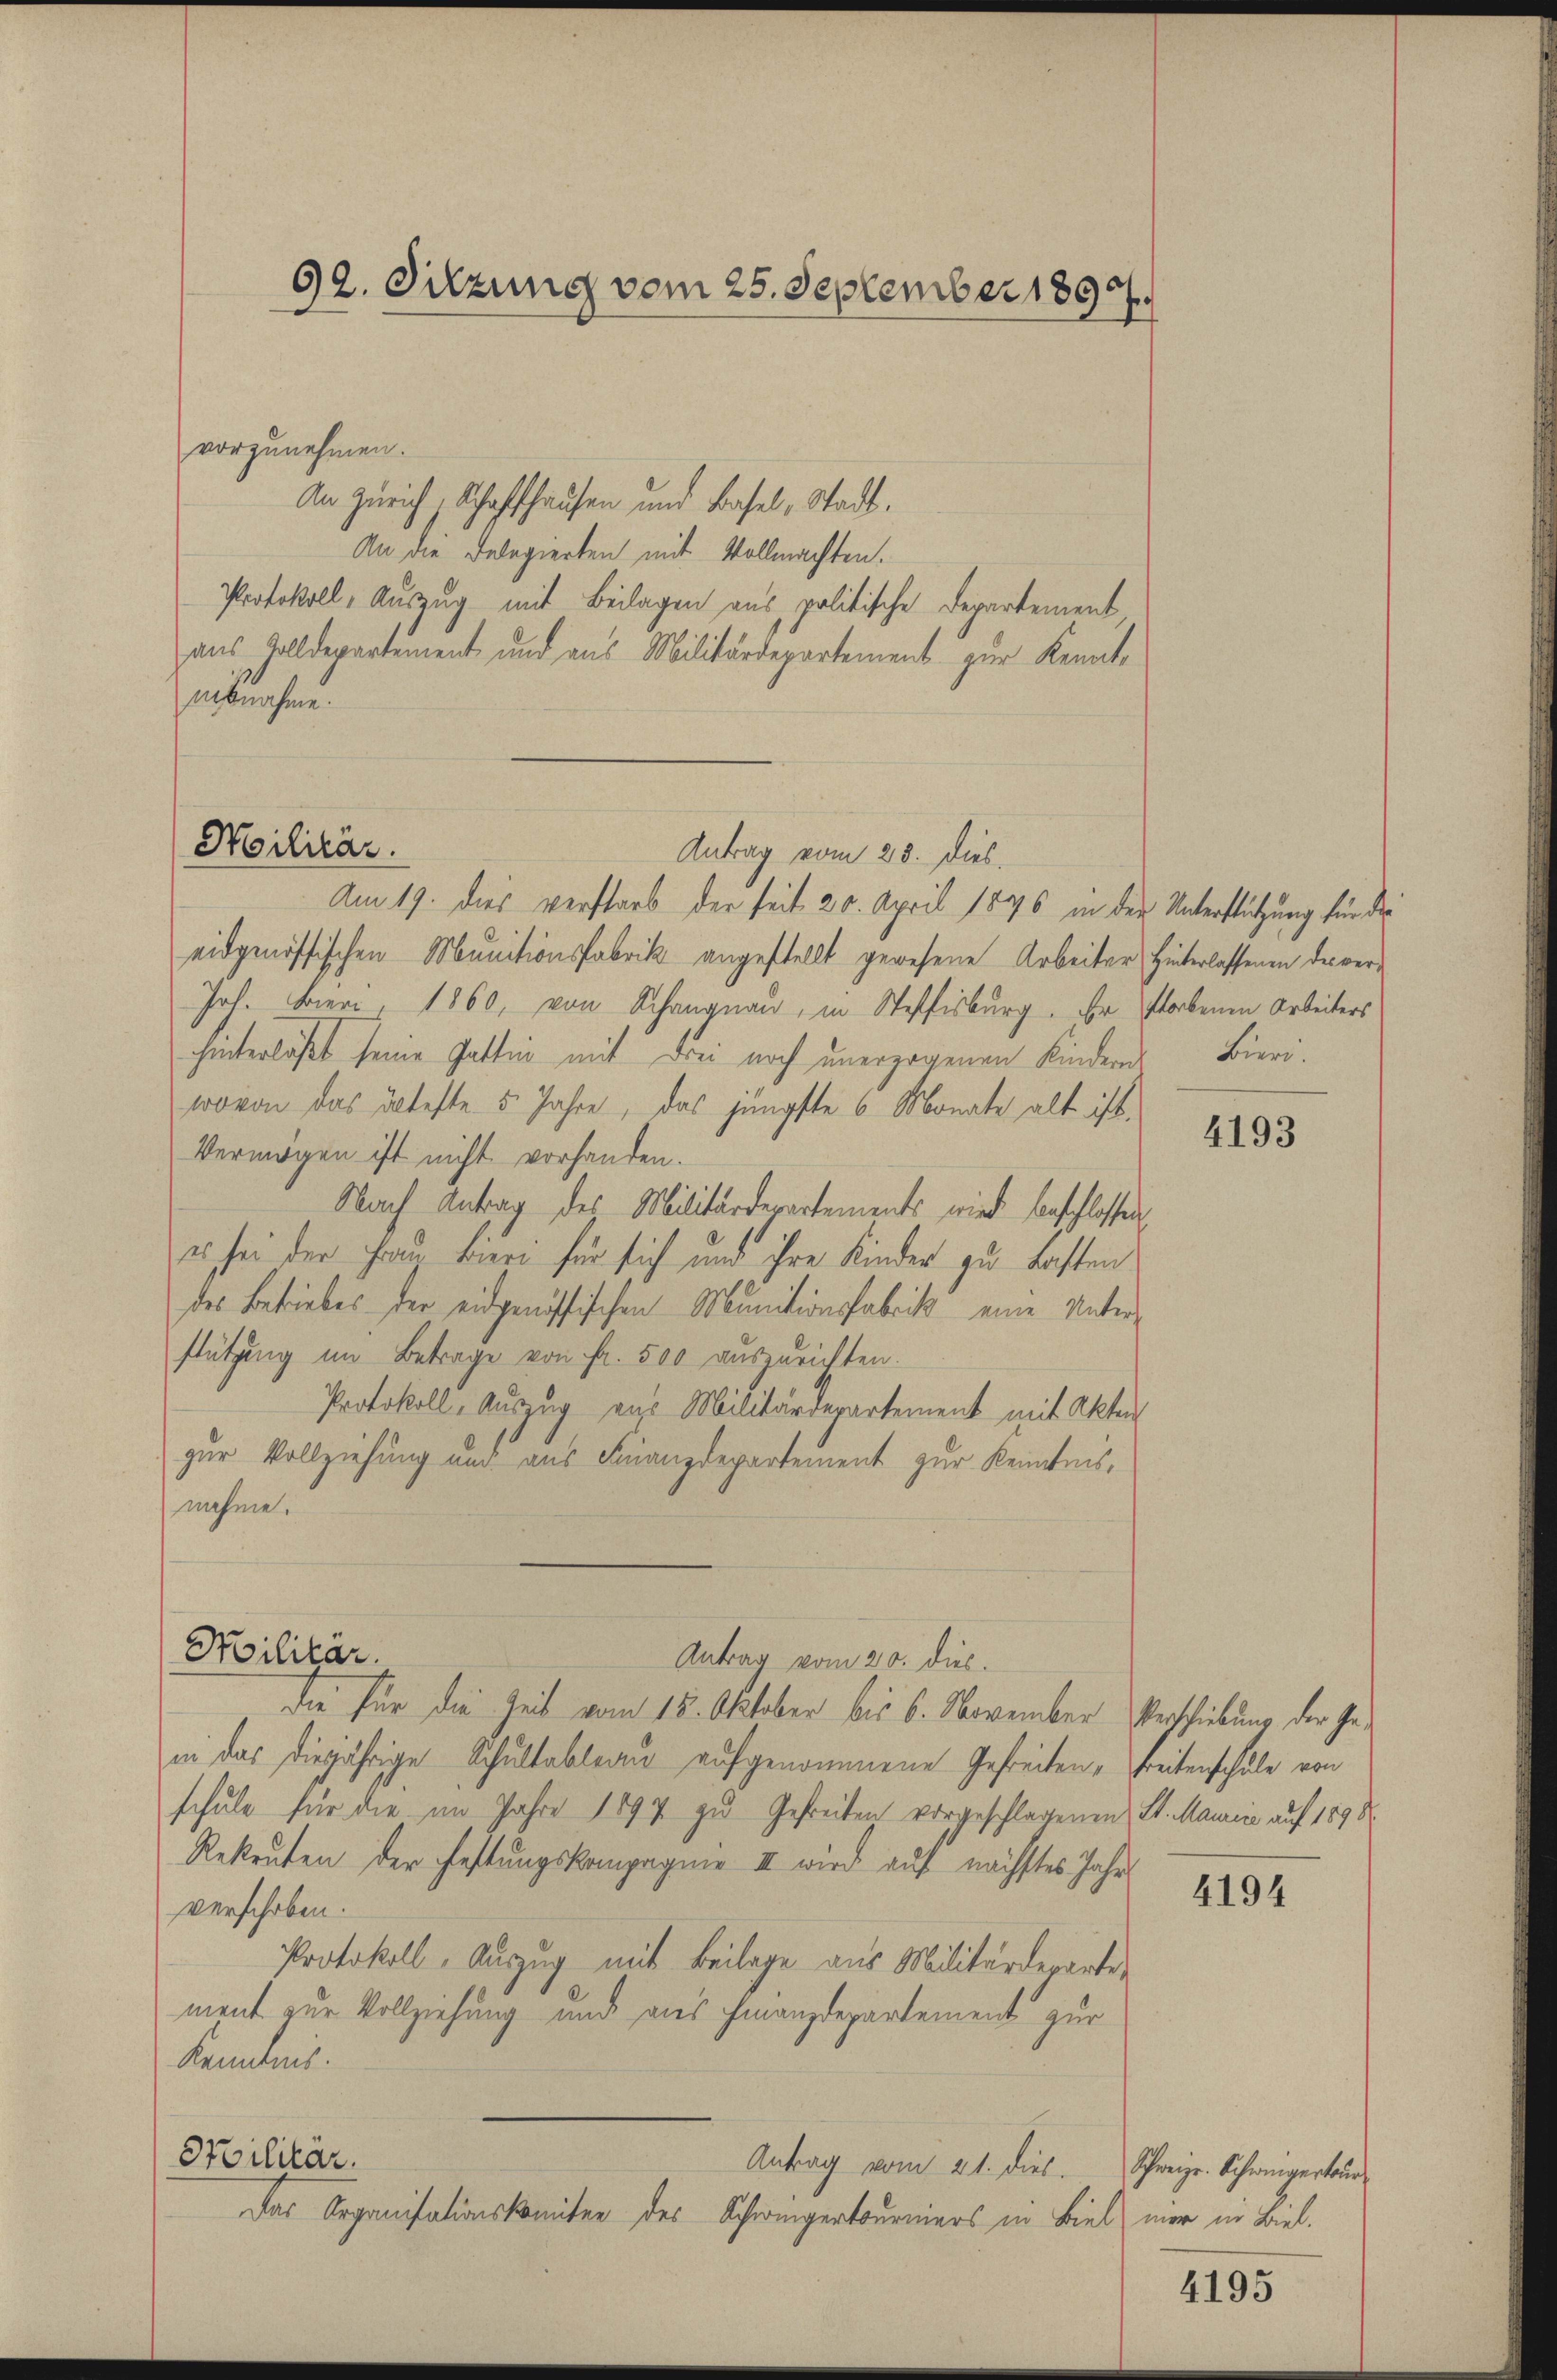
vorzunehmen.
An Zürich, Schaffhausen und Basel, Stadt.
An die Delegierten mit Vollmachten.
Protokoll, Auszug mit Beilagen aus politische Departement,
aus Zolldepartement und aus Militärdepartement zur Kennt-
abnahme.

Militär.

92. Sitzung vom 25. September 1897.

Am 19. dies verstarb der seit 20. April 1896 in der Unterstützung für die
eidgenössischen Munitionsfabrik angestellt gewesene Arbeiter Hinterlassenen der ver¬
Joh. Biere, 1860, von Schangnau, in Steffisburg. Er
hinterläßt seine Gatting mit drei noch unerzogenen Kinderes Bieriwovon das älteste 5. Jahre, das jüngste 6 Monate alt ist.
Vermögen ist nicht vorhanden.
Nach Antrag des Militärdepartements wird forschlossen,
es sei der Frau bien für sich und ihre Kinder zu Lasten
des Betriebes der eidgenössischen Munitionsfabrik eine Unter-
stützung im Betrage von Fr. 500 auszurichten.
Protokoll, Auszug aus Militärdepartement mit Akten
zur Vollziehung und aus Finanzdepartement zur Kenntnis,
nahme.
Militär.
Antrag vom 20. dies
Die für die Zeit vom 18. Oktober bis 6. November Verschiebung der Gein das diejährige Schultableau aufgenommene Gefreiten, treitenschule von
schule für die im Jahre 1897 zu Gefreiten vorgeschlagenen St. Marie auf 1898
Rekruten der Festungskompagnie II wird auf nächstes Jahre
verschoben.
Protokoll, Auszug mit Beilage aus Militärdeparte
ment zur Vollziehung und aus Finanzdepartement zur
Kenntnis.
Silitär.
Antrag vom 21. dies
Das Organisationskomitee des Schwiegertourniers in Biel mer in Biel,

Antrag vom 28. dies.

storbenen Arbeiters

4193

4194

Schweizer. Schweigertur

4195